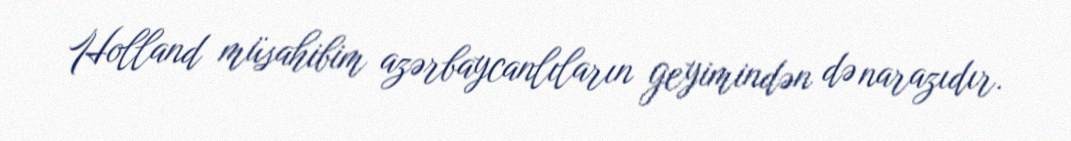
Holland müsahibim azərbaycanlıların geyimindən də narazıdır.